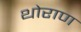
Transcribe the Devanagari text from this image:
थोराण